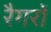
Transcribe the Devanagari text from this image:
रैगरों